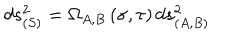
LaTeX: d s _ { ( S ) } ^ { 2 } = \Omega _ { A , B } \left( \sigma , \tau \right) d s _ { ( A , B ) } ^ { 2 }